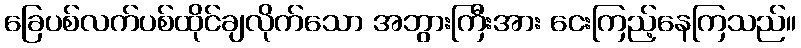
ခြေပစ်လက်ပစ်ထိုင်ချလိုက်သော အဘွားကြီးအား ငေးကြည့်နေကြသည်။